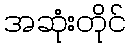
အဆုံးတိုင်